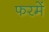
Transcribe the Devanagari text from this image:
फरमें